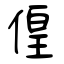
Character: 偟